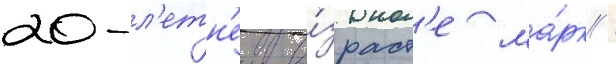
20-л'етн'ем во́зраст'е ма́рк /